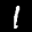
Label: 1